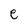
Character: e